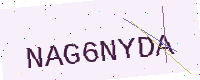
Text: NAG6NYDA